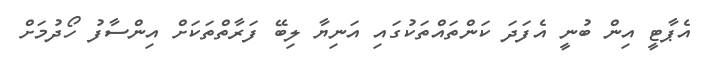
އެޕާޓީ އިން ބުނީ އެފަދަ ކަންތައްތަކުގައި އަނިޔާ ލިބޭ ފަރާތްތަކަށް އިންސާފު ހޯދުމަށް